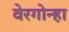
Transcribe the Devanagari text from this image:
वेरगोन्हा